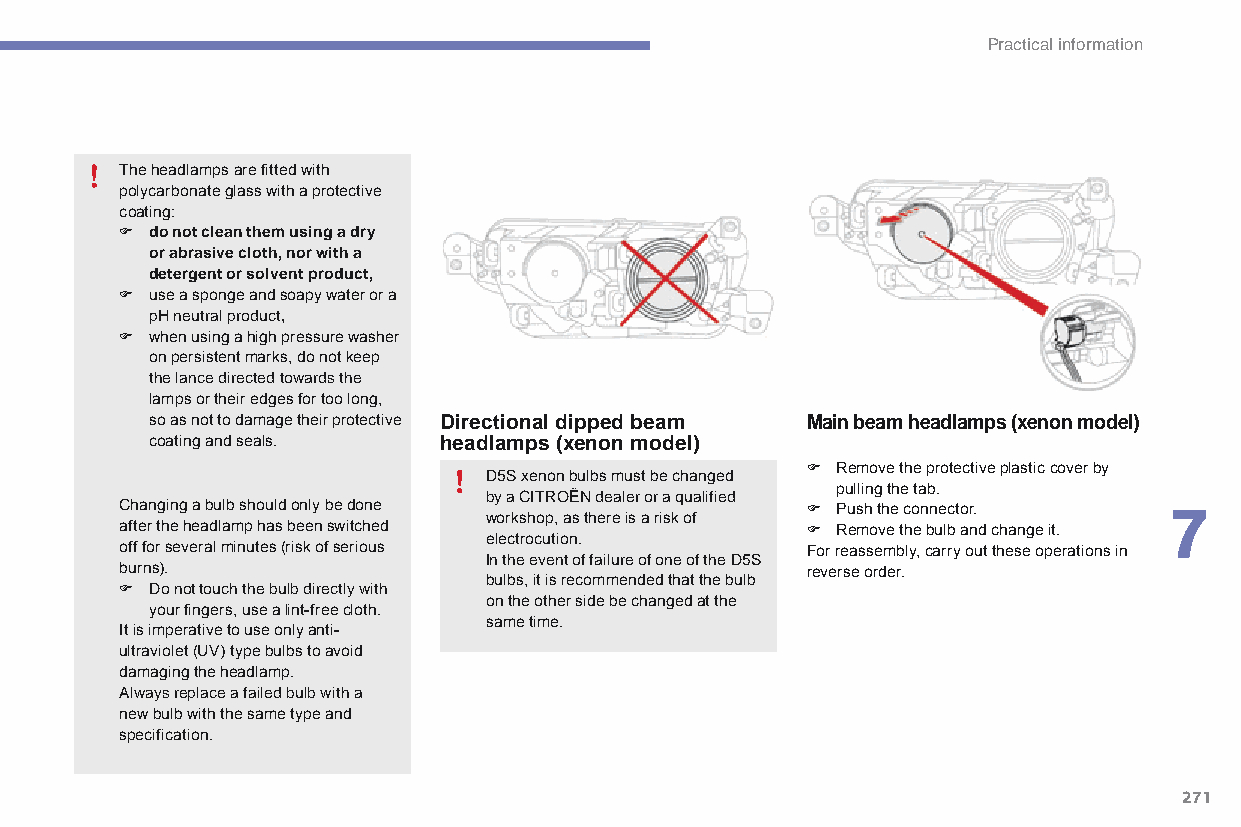
Practical information
 The headlamps are fitted with
 polycarbonate glass with a protective
 coating:
 F do not clean them using a dry
 or abrasive cloth, nor with a
 detergent or solvent product,
 F use a sponge and soapy water or a
 pH neutral product,
 F when using a high pressure washer
 on persistent marks, do not keep
 the lance directed towards the
 lamps or their edges for too long,
 so as not to damage their protective Directional dipped beam Main beam headlamps (xenon model)
 coating and seals. headlamps (xenon model)
 F Remove the protective plastic cover by
 D5S xenon bulbs must be changed
 pulling the tab.
 by a CITRoËn dealer or a qualified
 Changing a bulb should only be done          F Push the connector.   7
 workshop, as there is a risk of
 after the headlamp has been switched         F Remove the bulb and change it.
 electrocution.
 off for several minutes (risk of serious     For reassembly, carry out these operations in
 In the event of failure of one of the d5S
 burns).                                      reverse order.
 bulbs, it is recommended that the bulb
 F do not touch the bulb directly with
 on the other side be changed at the
 your fingers, use a lint-free cloth.
 same time.
 It is imperative to use only anti-
 ultraviolet (UV) type bulbs to avoid
 damaging the headlamp.
 always replace a failed bulb with a
 new bulb with the same type and
 specification.
 271
 C4-Picasso-II_en_Chap07_info-pratiques_ed01-2015